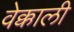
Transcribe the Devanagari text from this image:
वेक्काली